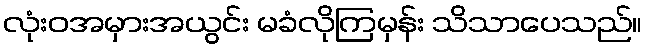
လုံးဝအမှားအယွင်း မခံလိုကြမှန်း သိသာပေသည်။